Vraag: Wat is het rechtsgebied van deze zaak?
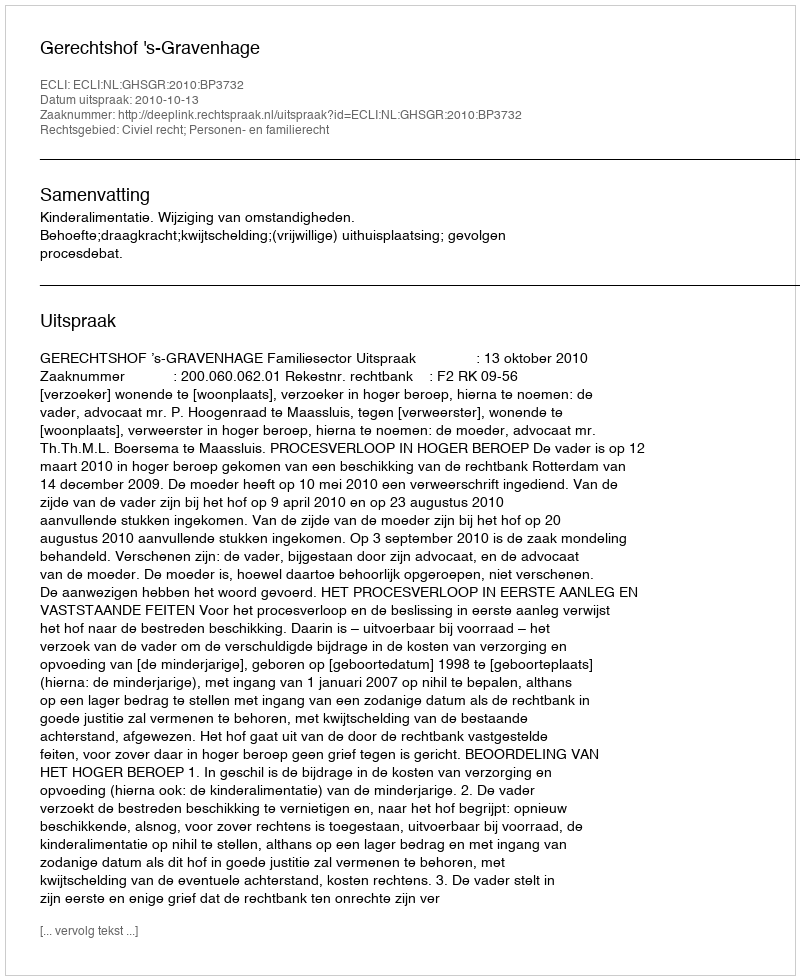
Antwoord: Civiel recht; Personen- en familierecht